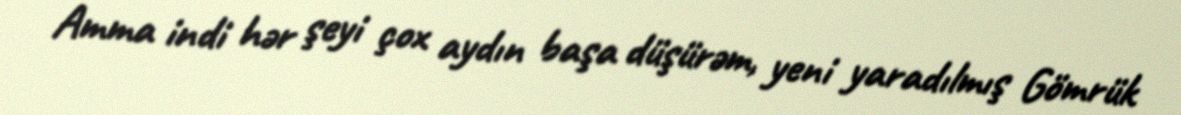
Amma indi hər şeyi çox aydın başa düşürəm, yeni yaradılmış Gömrük